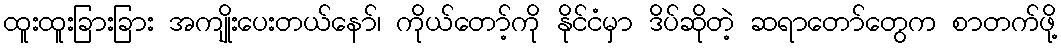
ထူးထူးခြားခြား အကျိုးပေးတယ်နော်၊ ကိုယ်တော့်ကို နိုင်ငံမှာ ဒိပ်ဆိုတဲ့ ဆရာတော်တွေက စာတက်ဖို့